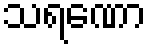
သရဏော